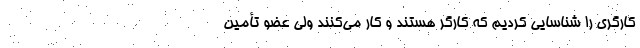
کارگری را شناسایی کردیم که کارگر هستند و کار می‌کنند ولی عضو تأمین